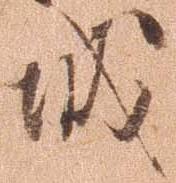
城